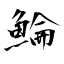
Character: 鯩